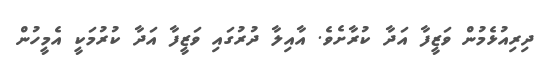
ދިރިއުޅެމުން ވަޒީފާ އަދާ ކުރާށެވެ. އާއިލާ ދުރުގައި ވަޒީފާ އަދާ ކުރުމަކީ އެމީހުން